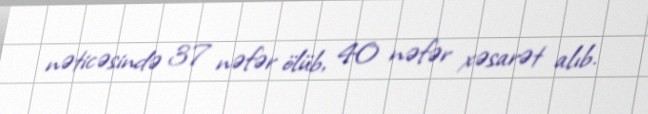
nəticəsində 37 nəfər ölüb, 40 nəfər xəsarət alıb.